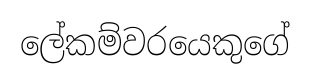
ලේකම්වරයෙකුගේ